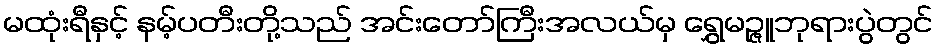
မထုံးရီနှင့် နမ့်ပတီးတို့သည် အင်းတော်ကြီးအလယ်မှ ရွှေမဉ္ဇူဘုရားပွဲတွင်